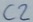
Text: C2